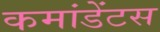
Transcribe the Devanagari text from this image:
कमांडेंटस